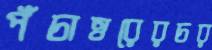
পঁচাত্তরেরচর